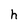
Character: h